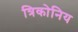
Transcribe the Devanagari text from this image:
त्रिकोनिय